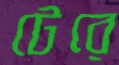
টেরে